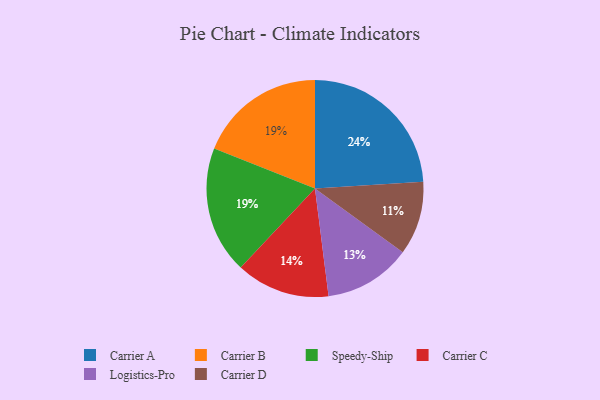
{"axis": {"x": "Category", "y": "Percentage"}, "legend": ["Carrier A", "Carrier B", "Carrier C", "Carrier D", "Logistics-Pro", "Speedy-Ship"], "data": [{"x": "Carrier C", "y": 14, "type": "Carrier C"}, {"x": "Logistics-Pro", "y": 13, "type": "Logistics-Pro"}, {"x": "Carrier A", "y": 24, "type": "Carrier A"}, {"x": "Carrier B", "y": 19, "type": "Carrier B"}, {"x": "Speedy-Ship", "y": 19, "type": "Speedy-Ship"}, {"x": "Carrier D", "y": 11, "type": "Carrier D"}]}